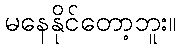
မနေနိုင်တော့ဘူး။